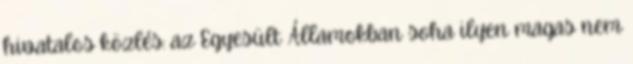
hivatalos közlés: az Egyesült Államokban soha ilyen magas nem